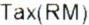
TAX(RM)